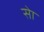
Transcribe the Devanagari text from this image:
सेा